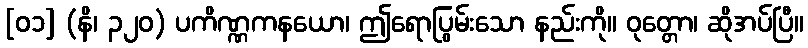
[၀၁] (နိ၊ ၃၂၀) ပကိဏ္ဏကနယော၊ ဤရောပြွမ်းသော နည်းကို။ ဝုတ္တော၊ ဆိုအပ်ပြီ။